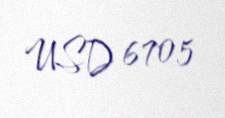
USD 6705